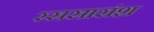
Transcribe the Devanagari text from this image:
रससारांश